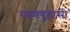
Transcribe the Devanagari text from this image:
रमणगृहासी